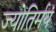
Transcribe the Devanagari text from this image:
ज्योतिर्मयं